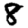
Digit: 8